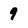
Character: 9